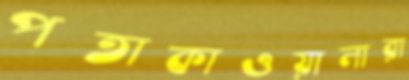
পতাকাওয়ালারা